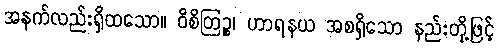
အနက်လည်းရှိထသော။ ဝိစိတြဉ္စ၊ ဟာရနယ အစရှိသော နည်းတို့ဖြင့်